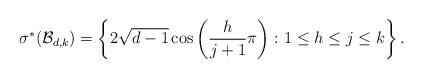
LaTeX: \begin{align*} \sigma^{*}(\mathcal{B}_{d, k}) &= \left\{ 2\sqrt{d-1} \cos\left(\frac{h}{j+1}\pi\right) \colon 1 \le h \le j \le k \right\} . \end{align*}